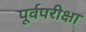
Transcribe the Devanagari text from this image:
पूर्वपरीक्षा